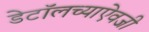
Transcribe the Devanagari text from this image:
डेटॉलच्याऐवजी